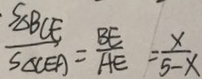
\frac { S \Delta B C E } { S _ { \Delta C E A } } = \frac { B E } { A E } = \frac { x } { 5 - x }